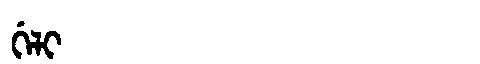
Manchu: ᡤᡝᠯᡳ
Romanization: GELI